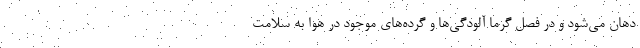
دهان می‌شود و در فصل گرما آلودگی‌ها و گرده‌های موجود در هوا به سلامت